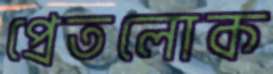
প্রেতলোক